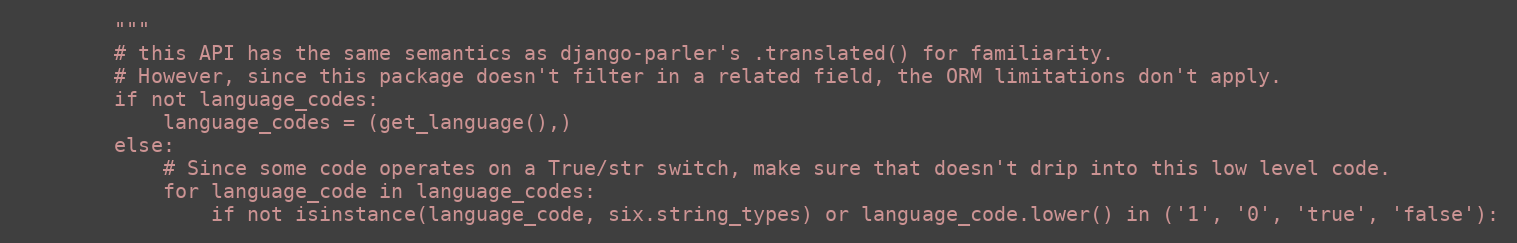
Language: Python
        """
        # this API has the same semantics as django-parler's .translated() for familiarity.
        # However, since this package doesn't filter in a related field, the ORM limitations don't apply.
        if not language_codes:
            language_codes = (get_language(),)
        else:
            # Since some code operates on a True/str switch, make sure that doesn't drip into this low level code.
            for language_code in language_codes:
                if not isinstance(language_code, six.string_types) or language_code.lower() in ('1', '0', 'true', 'false'):